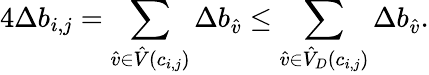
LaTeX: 4\Delta b_{i,j}=\sum_{\hat{v}\in\hat{V}(c_{i,j})}\Delta b_{\hat{v}}\leq\sum_{\hat{v}\in\hat{V}_{D}(c_{i,j})}\Delta b_{\hat{v}}.